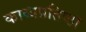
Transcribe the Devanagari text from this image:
काव्यप्रतिष्ठा